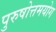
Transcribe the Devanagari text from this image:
पुरुषोत्तमयोग